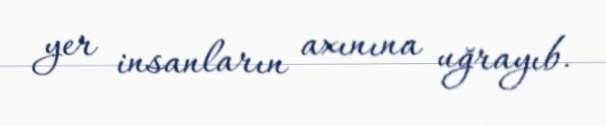
yer insanların axınına uğrayıb.